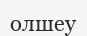
олшеу